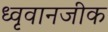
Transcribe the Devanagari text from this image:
ध्वृवानजीक